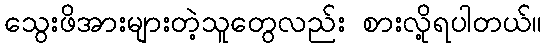
သွေးဖိအားများတဲ့သူတွေလည်း စားလို့ရပါတယ်။